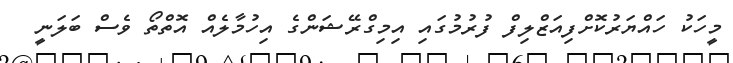
މީހަކު ހައްޔަރުކޮށްފިއަޒްލިފް ފުރުމުގައި އިމިގްރޭޝަންގެ އިހުމާލެއް އޮތްތޯ ވެސް ބަލަނީ